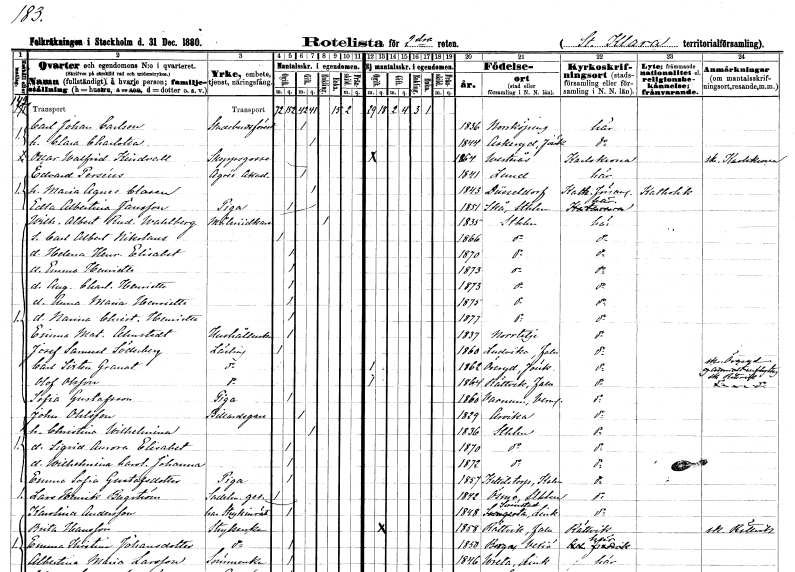
gt_parse: households: individuals: FN: Carl Johan
EN: Carlson
YRKE: Stadsbudsföreståndare
KON: M
CIV: G
FODAR: 1836
FODFORS: Norrköping Östergötlands län
FN: Clara Charlotta
KON: K
CIV: G
FODAR: 1844
FODFORS: Askeryd Jönköpings län
FN: Oscar Walfrid
EN: Kindvall
YRKE: Skeppsgosse
KON: M
CIV: O
FODAR: 1864
FODFORS: Västerås Västmanlands län
FN: Edvard
EN: Perséus
YRKE: Agrée vid målarakademien
KON: M
CIV: G
FODAR: 1841
FODFORS: Lund Malmöhus län
FN: Maria Agnes
EN: Clasen
KON: K
CIV: G
FODAR: 1843
FN: Edla Albertina
EN: Jönsson
YRKE: Piga
KON: K
CIV: O
FODAR: 1851
FODFORS: Skå Stockholms län
FN: Wilhelm Albert Rudolf
EN: Wahlberg
YRKE: Måleriidkare
KON: M
CIV: E
FODAR: 1835
FODFORS: Stockholm
FN: Carl Albert Nikolaus
KON: M
CIV: O
FODAR: 1866
FODFORS: Stockholm
FN: Helena Henrietta Elisabet
KON: K
CIV: O
FODAR: 1870
FODFORS: Stockholm
FN: Emma Henrietta
KON: K
CIV: O
FODAR: 1873
FODFORS: Stockholm
FN: Augusta Charlotta Henrietta
KON: K
CIV: O
FODAR: 1873
FODFORS: Stockholm
FN: Anna Maria Henrietta
KON: K
CIV: O
FODAR: 1875
FODFORS: Stockholm
FN: Nanna Christina Henrietta
KON: K
CIV: O
FODAR: 1877
FODFORS: Stockholm
FN: Emma Matilda
EN: Almstedt
YRKE: Hushållerska
KON: K
CIV: O
FODAR: 1837
FODFORS: Norrtälje Stockholms län
FN: Josef Samuel
EN: Söderberg
YRKE: Lärling
KON: M
CIV: O
FODAR: 1860
FODFORS: Ludvika Kopparbergs län
FN: Carl Sixten
EN: Granat
YRKE: Lärling
KON: M
CIV: O
FODAR: 1862
FODFORS: Öreryd Jönköpings län
FN: Olof
EN: Olsson
YRKE: Lärling
KON: M
CIV: O
FODAR: 1864
FODFORS: Rättvik Kopparbergs län
FN: Sofia
EN: Gustafsson
YRKE: Piga
KON: K
CIV: O
FODAR: 1860
FODFORS: Varnum Värmlands län
FN: John
EN: Ohlsson
YRKE: Biljardägare
KON: M
CIV: G
FODAR: 1829
FODFORS: Arvika Värmlands län
FN: Christina Wilhelmina
KON: K
CIV: G
FODAR: 1836
FODFORS: Stockholm
FN: Sigrid Aurora Elisabet
KON: K
CIV: O
FODAR: 1870
FODFORS: Stockholm
FN: Wilhelmina Carolina Johanna
KON: K
CIV: O
FODAR: 1872
FODFORS: Stockholm
FN: Emma Sofia
EN: Gustafsdotter
YRKE: Piga
KON: K
CIV: O
FODAR: 1857
FODFORS: Bäckebo Kalmar län
FN: Lars Henrik
EN: Bergström
YRKE: Sadelmakaregesäll
KON: M
CIV: O
FODAR: 1842
FODFORS: Ösmo Stockholms län